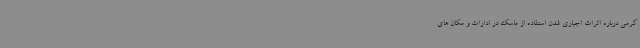
کرمی درباره اثرات اجباری شدن استفاده از ماسک در ادارات و مکان های